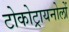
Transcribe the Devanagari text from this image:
टोकोट्रायनोलों